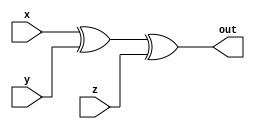
`timescale 1ns / 1ps
//////////////////////////////////////////////////////////////////////////////////
// Company: 
// Engineer: 
// 
// Design Name: 
// Module Name: parity_generator
// Project Name: 
// Target Devices: 
// Tool Versions: 
// Description: 
// 
// Dependencies: 
// 
// Revision:
// Revision 0.01 - File Created
// Additional Comments:
// 
//////////////////////////////////////////////////////////////////////////////////


module parity_genrator(
    input x,
    input y,
    input z,
    output out
    );
    
    xor (out,x,y,z);
   
endmodule